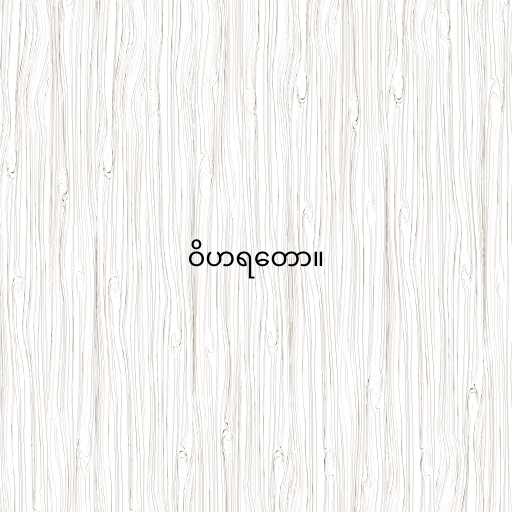
ဝိဟရတော။